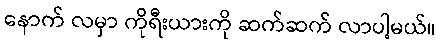
နောက် လမှာ ကိုရီးယားကို ဆက်ဆက် လာပါ့မယ်။